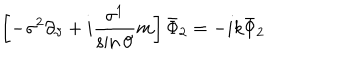
\left[ - \sigma ^ { 2 } \partial _ { \vartheta } + i \frac { \sigma ^ { 1 } } { \sin \vartheta } m \right] \bar { \Phi } _ { 2 } = - i k \bar { \Phi } _ { 2 }